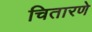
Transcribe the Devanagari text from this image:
चितारणे